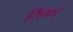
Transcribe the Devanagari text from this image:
सिंग्फो